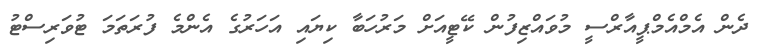
ދެން އެމްއެމްޕީއާރްސީ މުވައްޒިފުން ކޭޓީއަށް މަރުހަބާ ކިޔައި އަހަރުގެ އެންމެ ފުރަތަމަ ޓުވަރިސްޓު